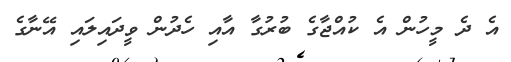
އެ ދެ މީހުން އެ ކުއްޖާގެ ބުރުގާ އާއި ހެދުން ވީދައިލައި އޭނާގެ